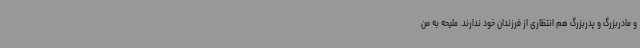
و مادربزرگ و پدربزرگ هم انتظاری از فرزندان خود ندارند. ملیحه به من